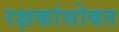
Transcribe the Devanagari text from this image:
रक्षकांसोबत